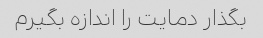
بگذار دمایت را اندازه بگیرم